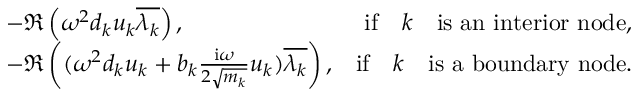
\begin{array} { r l r } & { - \Re \left( \omega ^ { 2 } d _ { k } u _ { k } \overline { { \lambda _ { k } } } \right) , } & { \mathrm { i f } \quad k \quad \mathrm { i s ~ a n ~ i n t e r i o r ~ n o d e } , } \\ & { - \Re \left( ( \omega ^ { 2 } d _ { k } u _ { k } + b _ { k } \frac { \mathrm { i } \omega } { 2 \sqrt { m _ { k } } } u _ { k } ) \overline { { \lambda _ { k } } } \right) , } & { \mathrm { i f } \quad k \quad \mathrm { i s ~ a ~ b o u n d a r y ~ n o d e } . } \end{array}